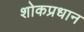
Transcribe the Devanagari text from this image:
शोकप्रधान